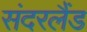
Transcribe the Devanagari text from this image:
संदरलैंड